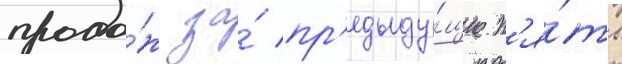
прода́ж за́ пр'едыду́щие п'я́ть